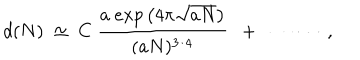
d ( N ) ~ \simeq ~ C ~ \frac { a ~ e x p \left( 4 \pi \sqrt { a N } \right) } { ( a N ) ^ { 3 / 4 } } ~ ~ + ~ ~ \cdots \cdots ~ ,